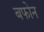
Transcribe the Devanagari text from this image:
बफोन